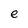
Character: e